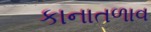
કાનાતળાવ